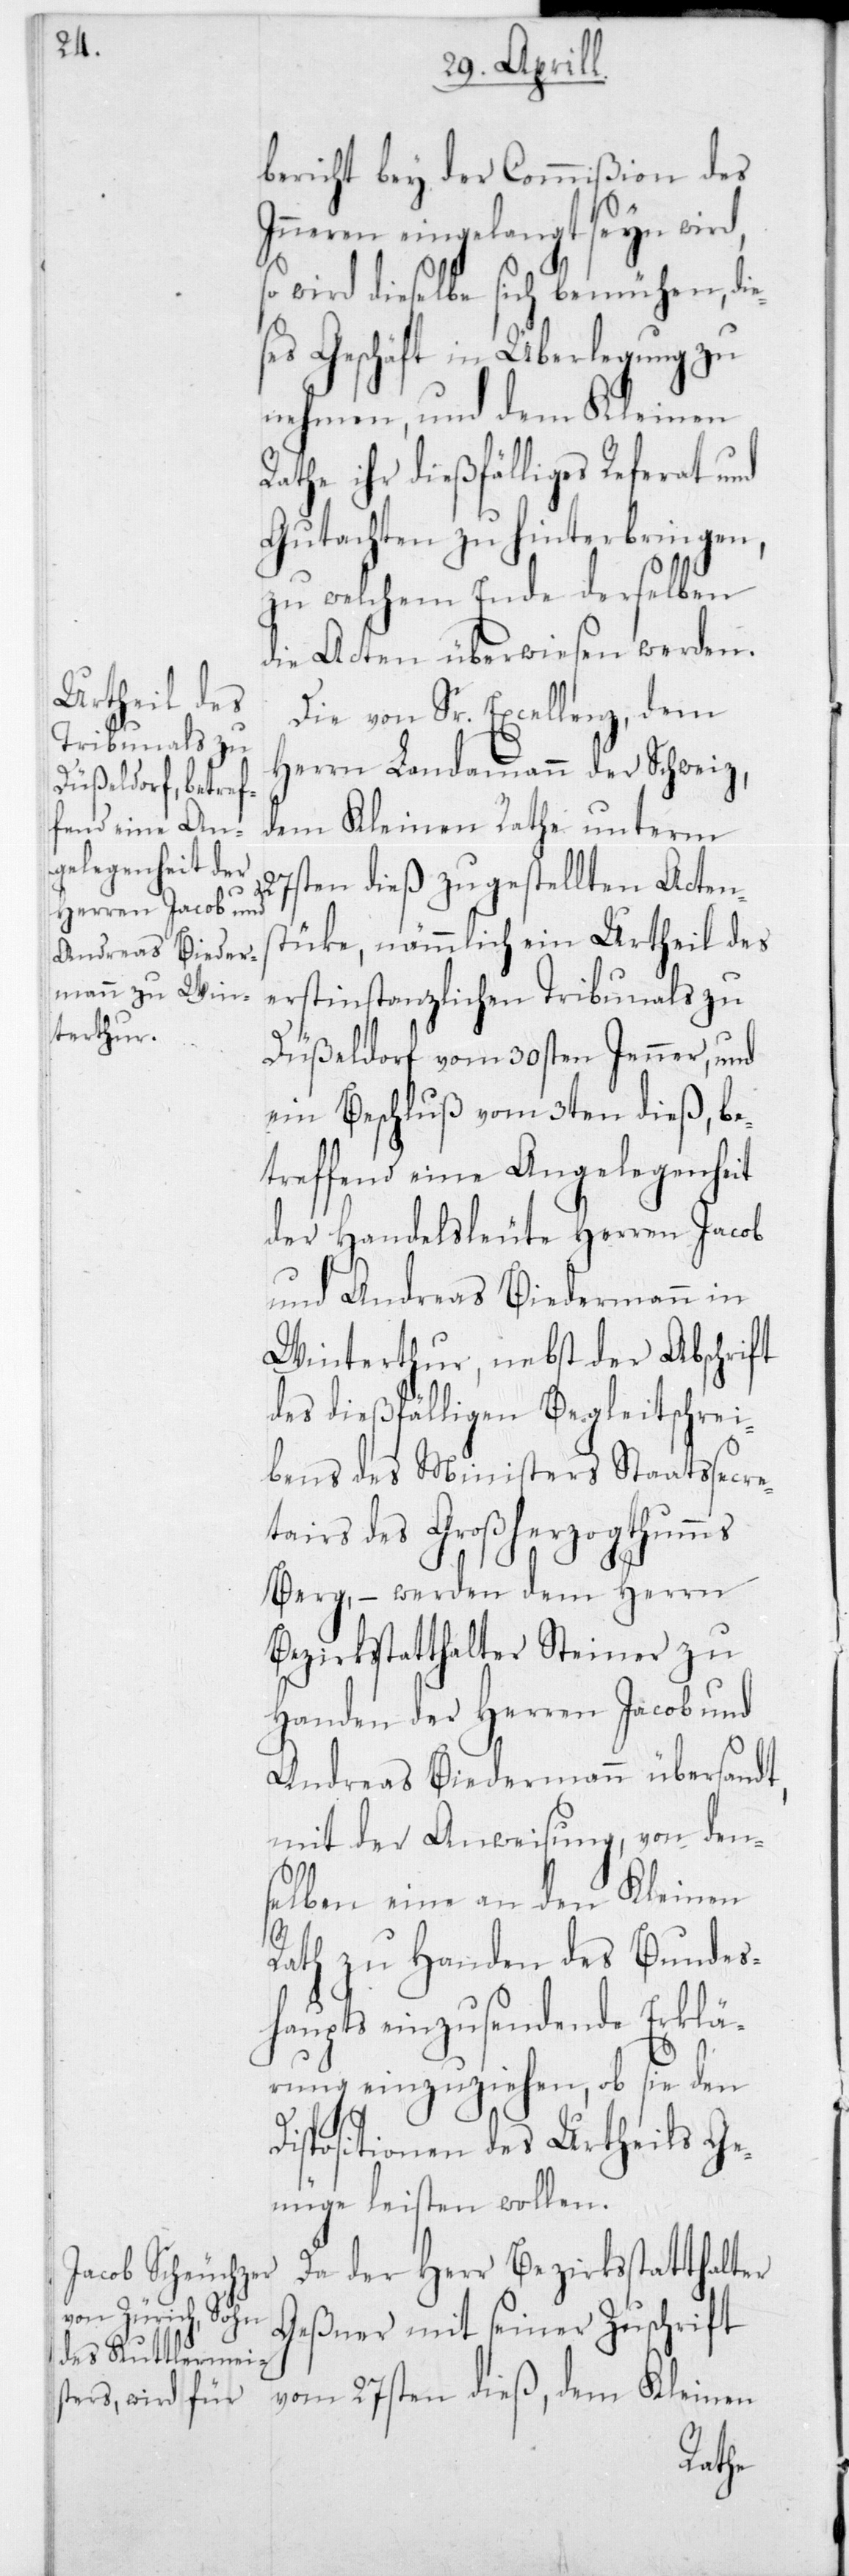
bericht bey der Commißion des
Inneren eingelangt seyn wird,
wird dieselbe sich bemühen, di¬
ses Geschäft in Überlegung zu
nehmen, und dem Kleinen
Rathe ihr dießfälliges Referat und
Gutachten zu hinterbringen,
zu welchem Ende derselben
die Acten überwiesen werden.
Die von Sr. Excellenz, dem
Herrn Landammann der Schweiz,
dem Kleinen Rathe unterm
ten dieß zugestellten Acten¬
27s¬
stüke, nämmlich ein Urtheil des
erstinstanzlichen Tribunals zu
Düßeldorf vom 30sten Jenner, und
ein Beschluß vom 3ten dieß, be¬
treffend eine Angelegenheit
der Handelsleute Herren Jacob
und Andreas Biedermann in
Winterthur, nebst der Abschrift
des dießfälligen Begleitschrei¬
bens des Ministers Staatssecre¬
tairs des Großherzogthumms
Berg, – werden dem Herrn
Bezirksstatthalter Steiner zu
Handen der Herren Jacob und
Andreas Biedermann übersandt,
mit der Anweisung, von den¬
selben eine an den Kleinen
Rath zu Handen des Bundes¬
haupts einzusendende Erklä¬
rung einzuziehen, ob sie den
Dispositionen des Urtheils Ge¬
nüge leisten wollen.
Da der Herr Bezirksstatthalter
Geßner mit seiner Zuschrift
vom 27sten dieß, dem Kleinen